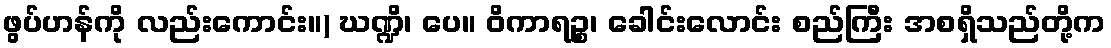
ဖွပ်ဟန်ကို လည်းကောင်း။) ဃဏ္ဍိ၊ ပေ။ ဝိကာရဉ္စ၊ ခေါင်းလောင်း စည်ကြီး အစရှိသည်တို့က